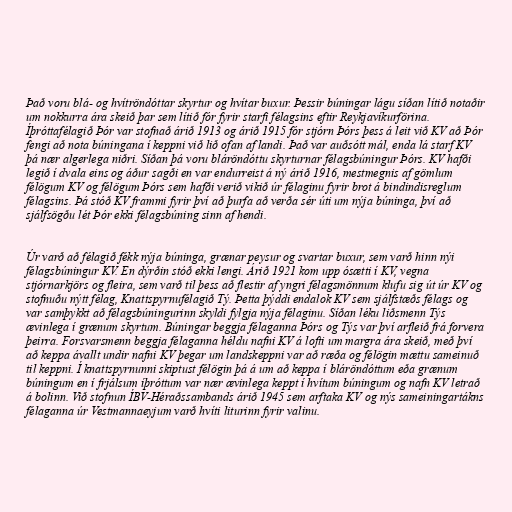
Það voru blá- og hvítröndóttar skyrtur og hvítar buxur. Þessir búningar lágu síðan lítið notaðir
um nokkurra ára skeið þar sem lítið fór fyrir starfi félagsins eftir Reykjavíkurförina.
Íþróttafélagið Þór var stofnað árið 1913 og árið 1915 fór stjórn Þórs þess á leit við KV að Þór
fengi að nota búningana í keppni við lið ofan af landi. Það var auðsótt mál, enda lá starf KV
þá nær algerlega niðri. Síðan þá voru bláröndóttu skyrturnar félagsbúningur Þórs. KV hafði
legið í dvala eins og áður sagði en var endurreist á ný árið 1916, mestmegnis af gömlum
félögum KV og félögum Þórs sem hafði verið vikið úr félaginu fyrir brot á bindindisreglum
félagsins. Þá stóð KV frammi fyrir því að þurfa að verða sér úti um nýja búninga, því að
sjálfsögðu lét Þór ekki félagsbúning sinn af hendi.

Úr varð að félagið fékk nýja búninga, grænar peysur og svartar buxur, sem varð hinn nýi
félagsbúningur KV. En dýrðin stóð ekki lengi. Árið 1921 kom upp ósætti í KV, vegna
stjórnarkjörs og fleira, sem varð til þess að flestir af yngri félagsmönnum klufu sig út úr KV og
stofnuðu nýtt félag, Knattspyrnufélagið Tý. Þetta þýddi endalok KV sem sjálfstæðs félags og
var samþykkt að félagsbúningurinn skyldi fylgja nýja félaginu. Síðan léku liðsmenn Týs
ævinlega í grænum skyrtum. Búningar beggja félaganna Þórs og Týs var því arfleið frá forvera
þeirra. Forsvarsmenn beggja félaganna héldu nafni KV á lofti um margra ára skeið, með því
að keppa ávallt undir nafni KV þegar um landskeppni var að ræða og félögin mættu sameinuð
til keppni. Í knattspyrnunni skiptust félögin þá á um að keppa í bláröndóttum eða grænum
búningum en í frjálsum íþróttum var nær ævinlega keppt í hvítum búningum og nafn KV letrað
á bolinn. Við stofnun ÍBV-Héraðssambands árið 1945 sem arftaka KV og nýs sameiningartákns
félaganna úr Vestmannaeyjum varð hvíti liturinn fyrir valinu.